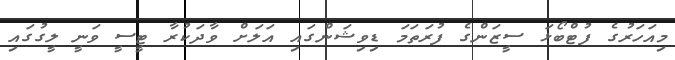
މިއަހަރުގެ ފުޓްބޯޅަ ސީޒަންގެ ފުރަތަމަ ޑިވިޝަންގައި އަލަށް ވާދަކުރާ ޓީސީ ވަނީ ލީގުގައި